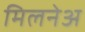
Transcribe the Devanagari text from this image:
मिलनेअ